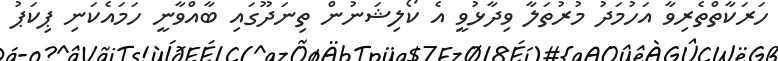
ހަރަކާތްތެރިވާ އަހުމަދު މުރުތަލާ ވިދާޅުވީ އެ ކޯލިޝަނުން ތިނަދޫގައި ބާއްވާނީ ހަމައެކަނި ޕިކަޕު